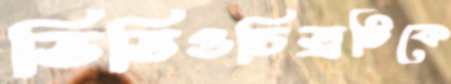
ভিডিওচিত্রটিকে